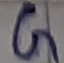
Text: G